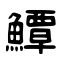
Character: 鱏